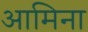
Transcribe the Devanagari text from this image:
आमिना